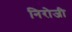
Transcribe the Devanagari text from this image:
निरोजी